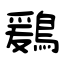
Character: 鶢